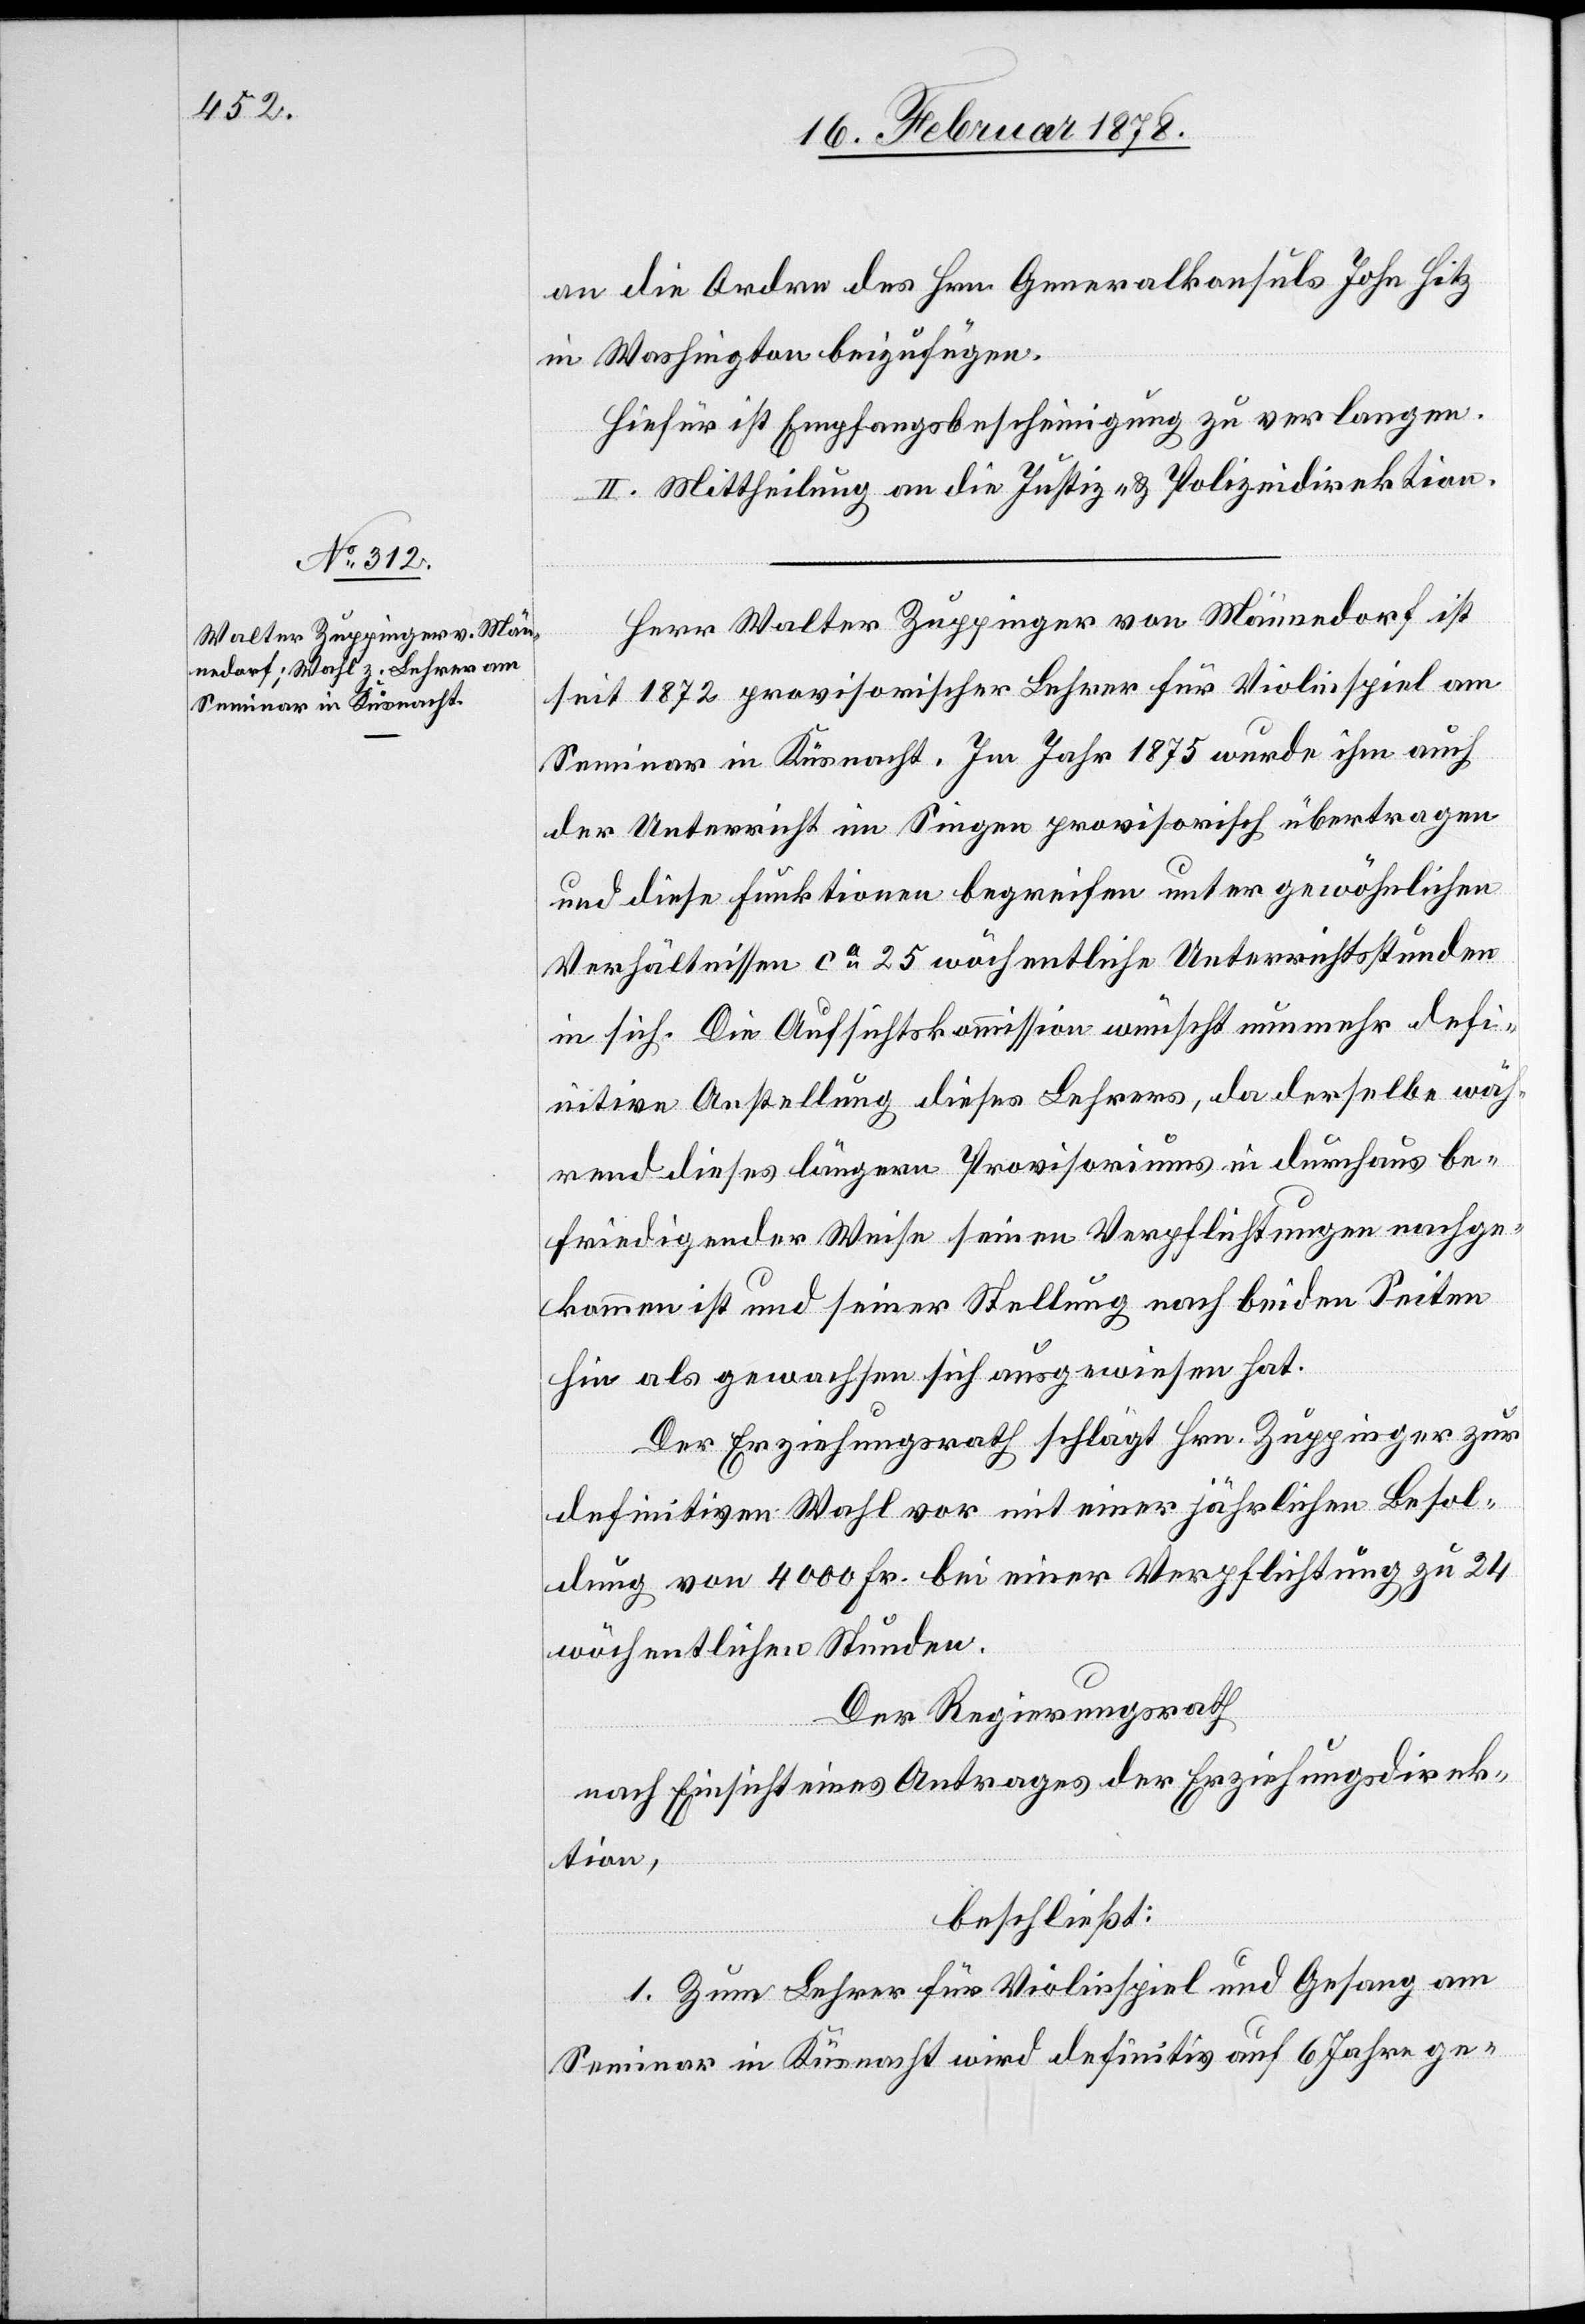
an die Ordre des Hrn. Generalkonsuls John Hitz
in Washington beizufügen.
Hiefür ist Empfangsbescheinigung zu verlangen.
II. Mittheilung an die Justiz- & Polizeidirektion.
Herr Walter Zuppinger von Männedorf ist
seit 1872 provisorischer Lehrer für Violinspiel am
Seminar in Küsnacht. Im Jahr 1875 wurde ihm auch
der Unterricht im Singen provisorisch übertragen
und diese Funktionen begreifen unter gewöhnlichen
Verhältnissen ca 25 wöchentliche Unterrichtsstunden
in sich. Die Aufsichtskommission wünscht nunmehr defi¬
nitive Anstellung dieses Lehrers, da derselbe wäh¬
rend dieses längern Provisoriums in durchaus be¬
friedigender Weise seinen Verpflichtungen nachge¬
kommen ist und seiner Stellung nach beiden Seiten
hin als gewachsen sich ausgewiesen hat.
Der Erziehungsrath schlägt Hrn. Zuppinger zur
definitiven Wahl vor mit einer jährlichen Besol¬
dung von 4000 Fr. bei einer Verpflichtung zu 24
wöchentlichen Stunden.
Der Regierungsrath
nach Einsicht eines Antrages der Erziehungsdirek¬
tion,
beschließt:
1. Zum Lehrer für Violinspiel und Gesang am
Seminar in Küsnacht wird definitiv auf 6 Jahre ge-